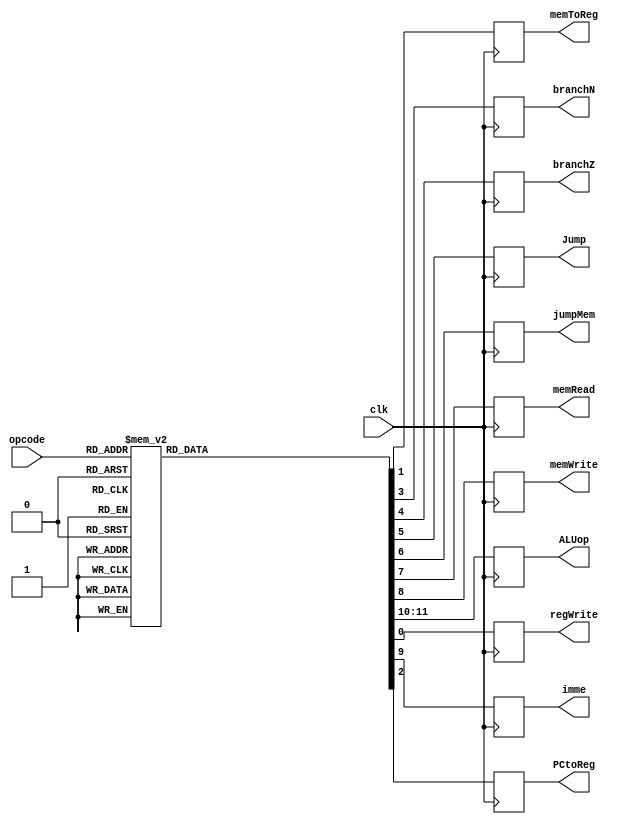
module control (
    clk, opcode, regWrite, imme, PCtoReg, memToReg, branchN, branchZ, Jump, jumpMem, ALUop, memRead, memWrite
);

input clk;
input [3:0] opcode;
output reg regWrite, imme, PCtoReg, memToReg, branchN, branchZ, Jump, jumpMem, memRead, memWrite;
output reg [1:0] ALUop;

// bunch of if's
  always @(posedge clk)
  begin
    case (opcode)
      4'b0000: // opcode is 0000
        begin
          regWrite  = 0;
          memToReg  = 0;
          PCtoReg   = 0;
          branchN   = 0;
          branchZ   = 0;
          Jump      = 0;
          jumpMem   = 0;
          memRead   = 0;
          memWrite  = 0;
          imme      = 0;
          ALUop     = 2'b00;
        end

      4'b1111: // opcode is 1111
        begin
          regWrite  = 0;
          memToReg  = 0;
          PCtoReg   = 0;
          branchN   = 0;
          branchZ   = 0;
          Jump      = 0;
          jumpMem   = 0;
          memRead   = 0;
          memWrite  = 0;
          imme      = 0;
          ALUop     = 2'b01;
        end

      4'b1110: // opcode is 1110
        begin
          regWrite  = 1;
          memToReg  = 1;
          PCtoReg   = 0;
          branchN   = 0;
          branchZ   = 0;
          Jump      = 0;
          jumpMem   = 0;
          memRead   = 0;
          memWrite  = 1;
          imme      = 0;
          ALUop     = 2'b00;
        end

      4'b0011: // opcode is 0011
        begin
          regWrite  = 0;
          memToReg  = 0;
          PCtoReg   = 0;
          branchN   = 0;
          branchZ   = 0;
          Jump      = 0;
          jumpMem   = 0;
          memRead   = 0;
          memWrite  = 1;
          imme      = 0;
          ALUop     = 2'b00;
        end

      4'b0100: // opcode is 0100
        begin
          regWrite  = 1;
          memToReg  = 0;
          PCtoReg   = 0;
          branchN   = 0;
          branchZ   = 0;
          Jump      = 0;
          jumpMem   = 0;
          memRead   = 0;
          memWrite  = 0;
          imme      = 0;
          ALUop     = 2'b01;
        end

      4'b0101: // opcode is 0101
        begin
          regWrite  = 1;
          memToReg  = 0;
          PCtoReg   = 0;
          branchN   = 0;
          branchZ   = 0;
          Jump      = 0;
          jumpMem   = 0;
          memRead   = 0;
          memWrite  = 0;
          imme      = 0;
          ALUop     = 2'b01;
        end

      4'b0110: // opcode is 0110
  begin
          regWrite  = 1;
          memToReg  = 0;
          PCtoReg   = 0;
          branchN   = 0;
          branchZ   = 0;
          Jump      = 0;
          jumpMem   = 0;
          memRead   = 0;
          memWrite  = 0;
          imme      = 0;
          ALUop     = 2'b10;
        end

      4'b0111: // opcode is 0111
        begin
          regWrite  = 1;
          memToReg  = 0;
          PCtoReg   = 0;
          branchN   = 0;
          branchZ   = 0;
          Jump      = 0;
          jumpMem   = 0;
          memRead   = 0;
          memWrite  = 0;
          imme      = 0;
          ALUop     = 2'b11;
        end

      4'b1000: // opcode is 1000
        begin
          regWrite  = 0;
          memToReg  = 0;
          PCtoReg   = 0;
          branchN   = 0;
          branchZ   = 0;
          Jump      = 0;
          jumpMem   = 1;
          memRead   = 1;
          memWrite  = 0;
          imme      = 1;
          ALUop     = 2'b00;
        end

      4'b1001: // opcode is 1001
        begin
          regWrite  = 0;
          memToReg  = 0;
          PCtoReg   = 0;
          branchN   = 0;
          branchZ   = 1 ;
          Jump      = 1;
          jumpMem   = 1;
          memRead   = 1;
          memWrite  = 0;
          imme      = 0;
          ALUop     = 2'b00;
        end

      4'b1010: // opcode is 1010
        begin
          regWrite  = 0;
          memToReg  = 0;
          PCtoReg   = 0;
          branchN   = 0;
          branchZ   = 0;
          Jump      = 0;
          jumpMem   = 0;
          memRead   = 1;
          memWrite  = 1;
          imme      = 1;
          ALUop     = 2'b10;
        end

      4'b1011: // opcode is 1011
        begin
          regWrite  = 0;
          memToReg  = 0;
          PCtoReg   = 0;
          branchN   = 1;
          branchZ   = 0;
          Jump      = 0;
          jumpMem   = 0;
          memRead   = 1;
          memWrite  = 0;
          imme      = 0;
          ALUop     = 2'b00;
        end

      default: // for any other opcode
        begin
          // Assign default values here
          regWrite  = 0;
          memToReg  = 0;
          PCtoReg   = 0;
          branchN   = 0;
          branchZ   = 0;
          Jump      = 0;
          jumpMem   = 0;
          memRead   = 0;
          memWrite  = 0;
          imme      = 0;
          ALUop     = 2'b00;
        end
    endcase
  end
    
endmodule